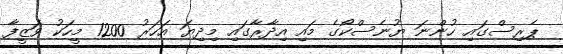
ޕެރިސްގައި ހުންނަ ޔުނެސްކޯގެ މައި އިދާރާގައި މިދިޔަ އަހަރު 1200 މީހަކު ވަޒީފާ